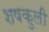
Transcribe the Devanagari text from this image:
शषकुली